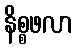
နိစ္စဖလာ